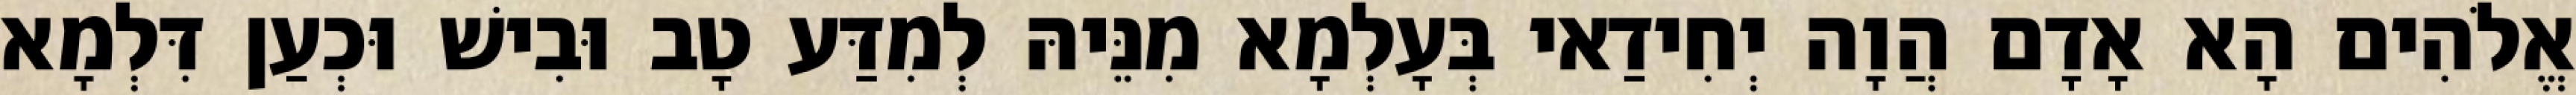
אֱלֹהִים הָא אָדָם הֲוָה יְחִידַאי בְּעָלְמָא מִנֵּיהּ לְמִדַּע טָב וּבִישׁ וּכְעַן דִּלְמָא